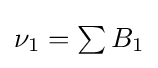
{\textstyle \nu _{1}=\sum B_{1}}